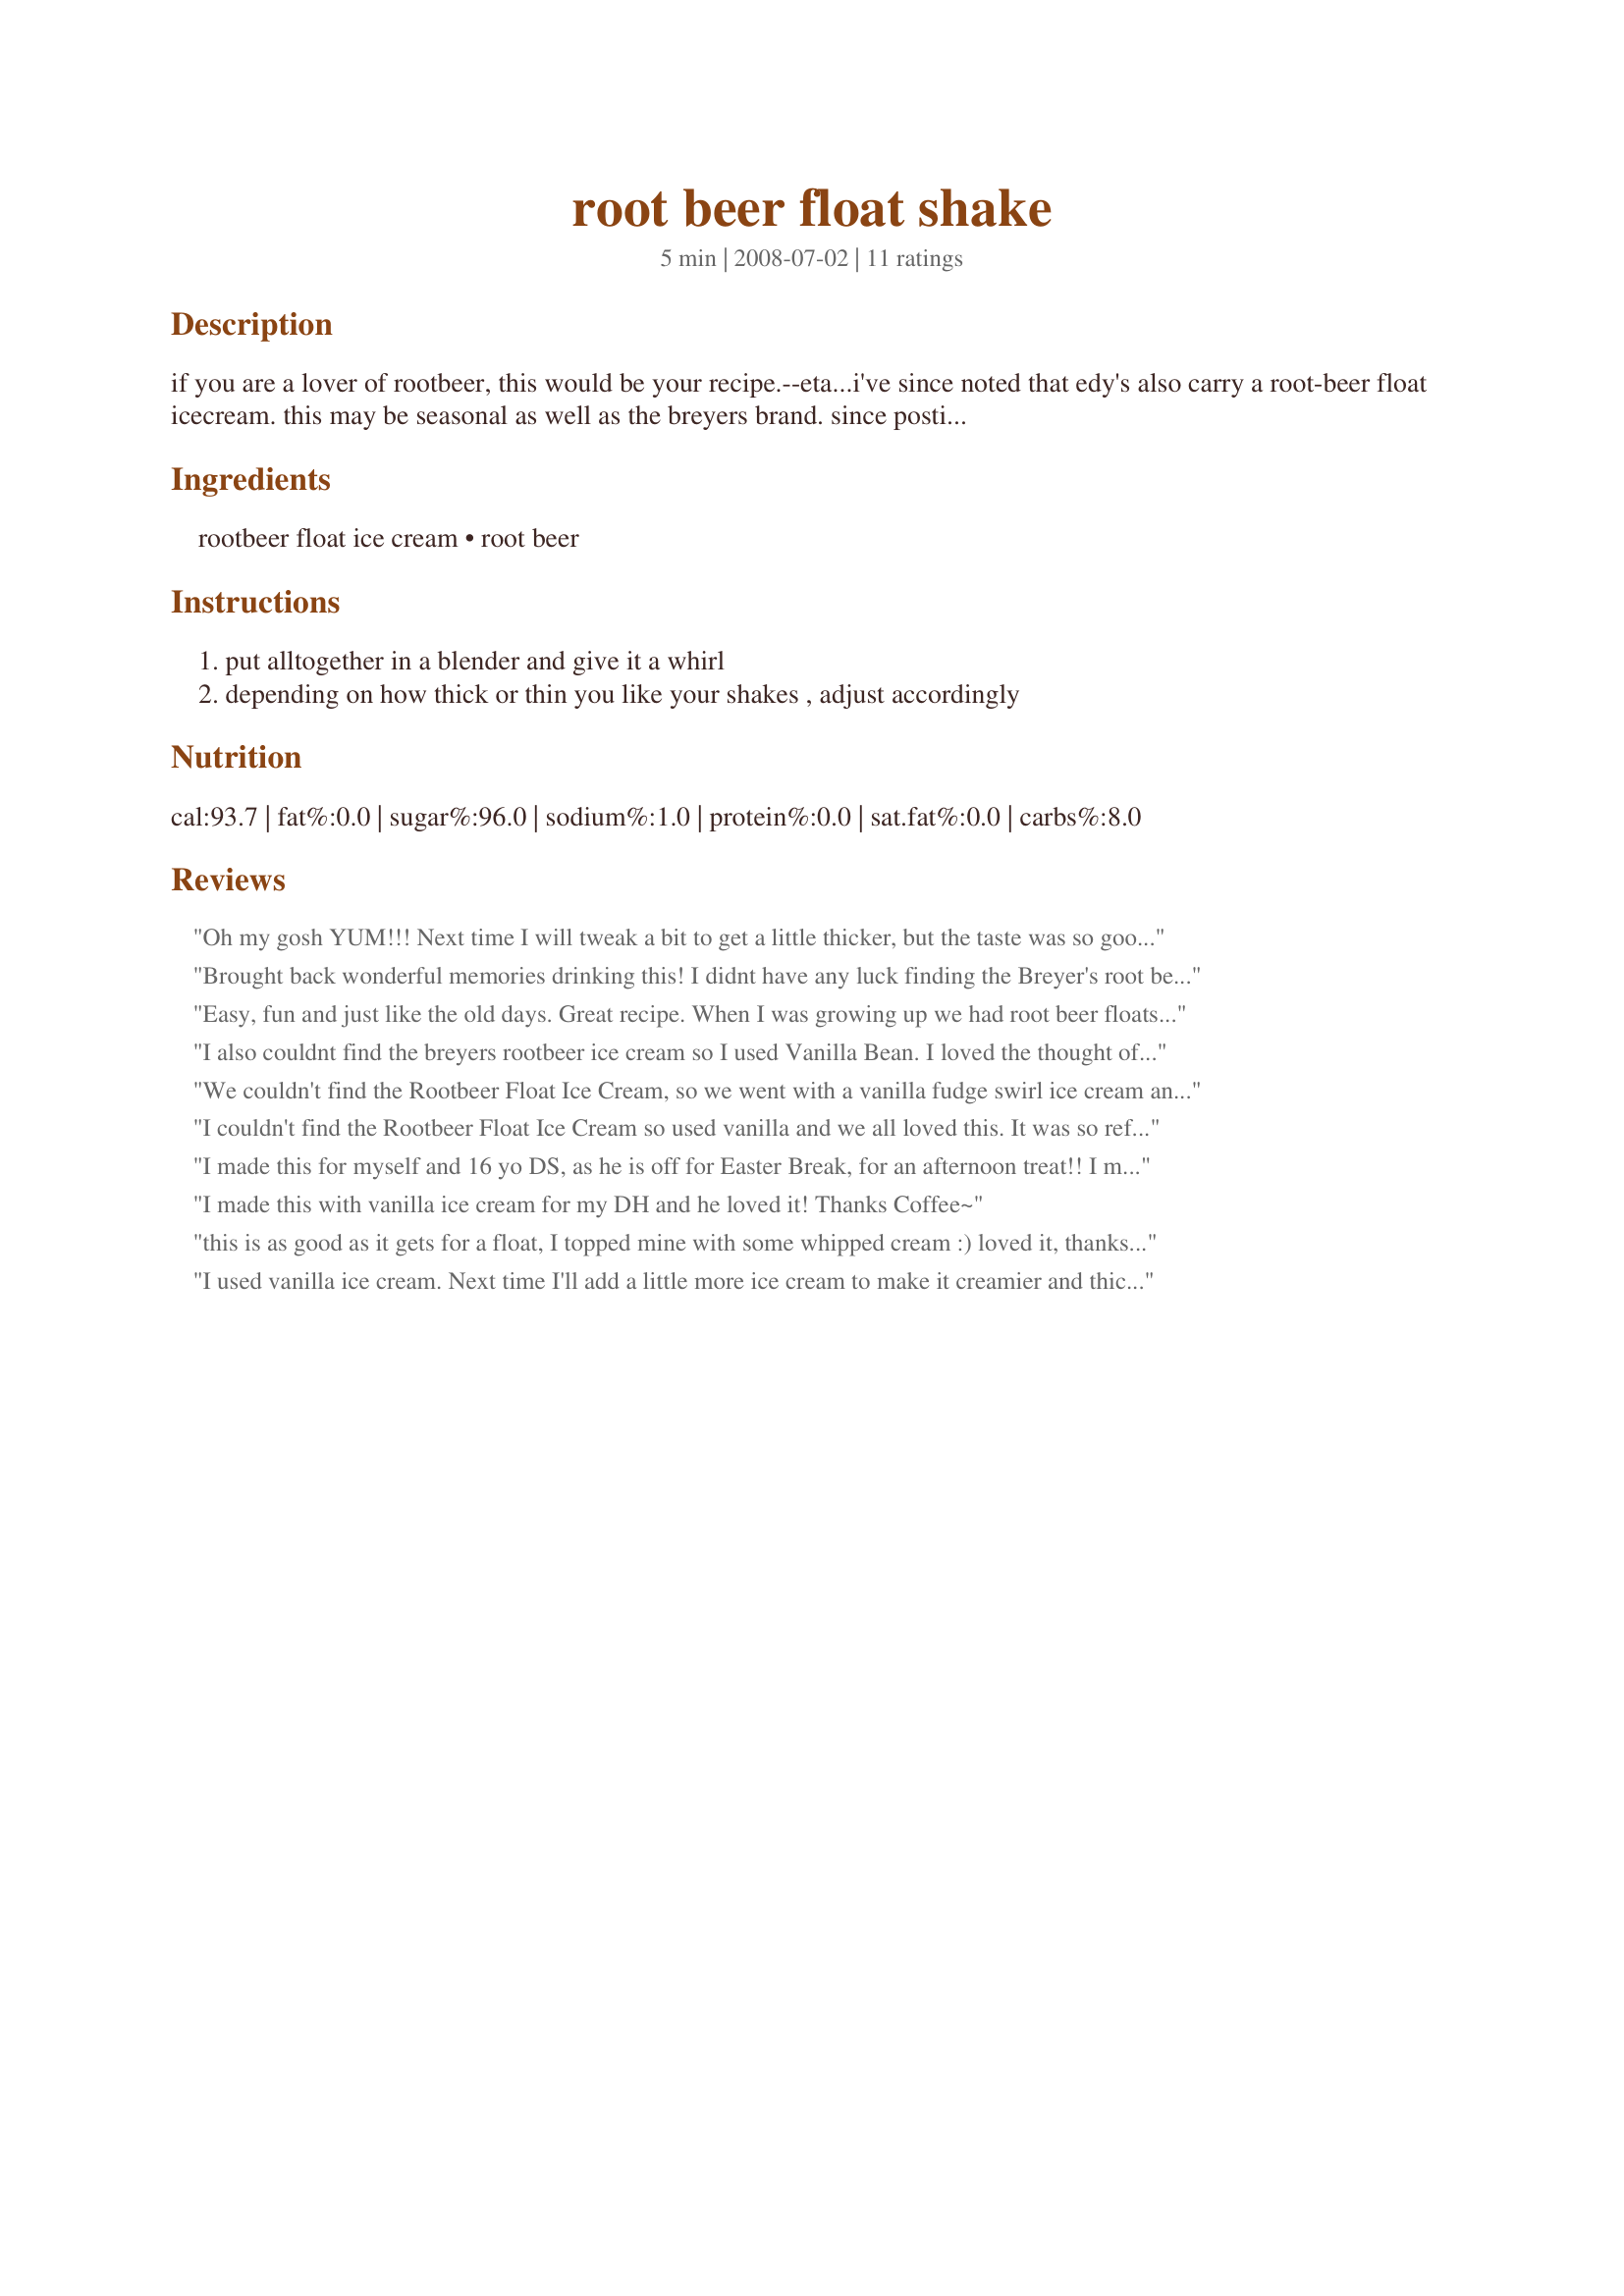
root beer float shake
Preparation time: 5 minutes

if you are a lover of rootbeer, this would be your recipe.--eta...i've since noted that edy's also carry a root-beer float icecream. this may be seasonal as well as the breyers brand. since posting the original recipe i have not seen breyer's rootbeer float icecream back on the shelf.

Ingredients:
rootbeer float ice cream, root beer

Steps:
put alltogether in a blender and give it a whirl, depending on how thick or thin you like your shakes , adjust accordingly

Reviews:
Oh my gosh YUM!!! Next time I will tweak a bit to get a little thicker, but the taste was so good!! Couldn't find the ice cream listed, so I used some chocolate chip I had left over from another recipe. THANKS!
Brought back wonderful memories drinking this! I didnt have any luck finding the Breyer's root beer float ice cream so I used french vanilla and we enjoyed a thick creamy shake. Cant go wrong with A & W root beer! Thank you so much CoffeeB for sharing! Made and reviewed for the Veg* N Swap #13 in the Vegetarian/Vegan Forum.
Easy, fun and just like the old days. Great recipe. When I was growing up we had root beer floats all the time, this brought back memories. thanks
I also couldnt find the breyers rootbeer ice cream so I used Vanilla Bean. I loved the thought of turning it from a float to a shake the whole family enjoyed. Thanks for posting. Made for 123 hits.
We couldn't find the Rootbeer Float Ice Cream, so we went with a vanilla fudge swirl ice cream and A&W root beer. We love Root Beer floats, and turning it into a shake was a unique way of serving it, and no spoon needed! :)
I couldn't find the Rootbeer Float Ice Cream so used vanilla and we all loved this. It was so refreshing.
I made this for myself and 16 yo DS, as he is off for Easter Break, for an afternoon treat!! I made his with real vanilla ice cream and AW rootbeer, but made mine the light vanilla ice cream and diet AW rootbeer!! I tried to get the Breyer's rootbeer flavored ice cream, as I have seen it in my store before, but it wasn't there this time, so had to sub the vanilla!! But for us in the end, what is not to love about this recipe!!! Thanks for sharing your recipe!! Made for Stars tag!!!
I made this with vanilla ice cream for my DH and he loved it! Thanks Coffee~
this is as good as it gets for a float, I topped mine with some whipped cream :) loved it, thanks Sue!
I used vanilla ice cream. Next time I'll add a little more ice cream to make it creamier and thicker. Nice drink for the kids but nothing says you can't add a shot of your favorite liqueur for the adults. Made for 2012 Zaar Cookbook Tag
Delicious! My kids just loved this and so did I!
